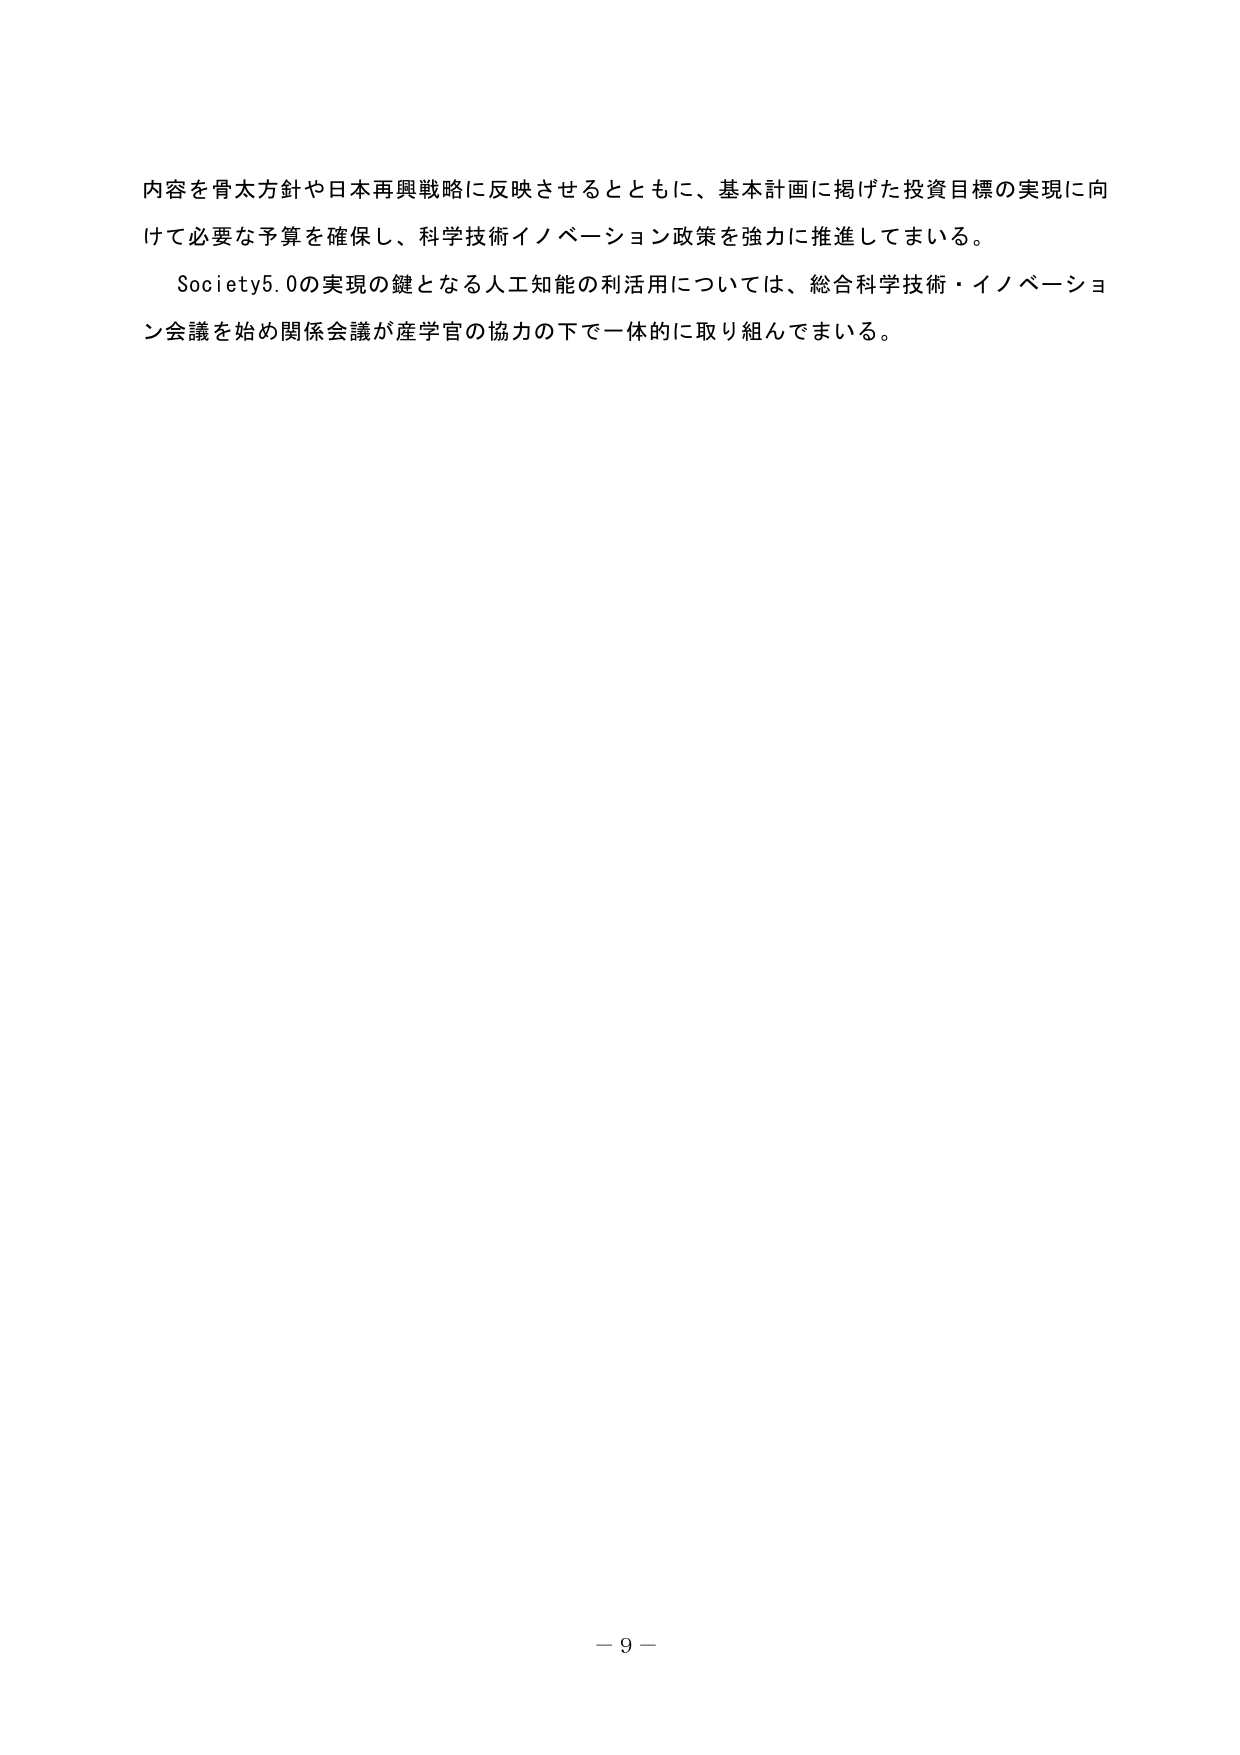
内容を骨太方針や日本再興戦略に反映させるとともに、基本計画に掲げた投資目標の実現に向けて必要な予算を確保し、科学技術イノベーション政策を強力に推進してまいる。

Society5.0の実現の鍵となる人工知能の利活用については、総合科学技術・イノベーション会議を始め関係会議が産学官の協力の下で一体的に取り組んでまいる。

－ 9 －